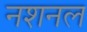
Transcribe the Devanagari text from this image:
नशनल